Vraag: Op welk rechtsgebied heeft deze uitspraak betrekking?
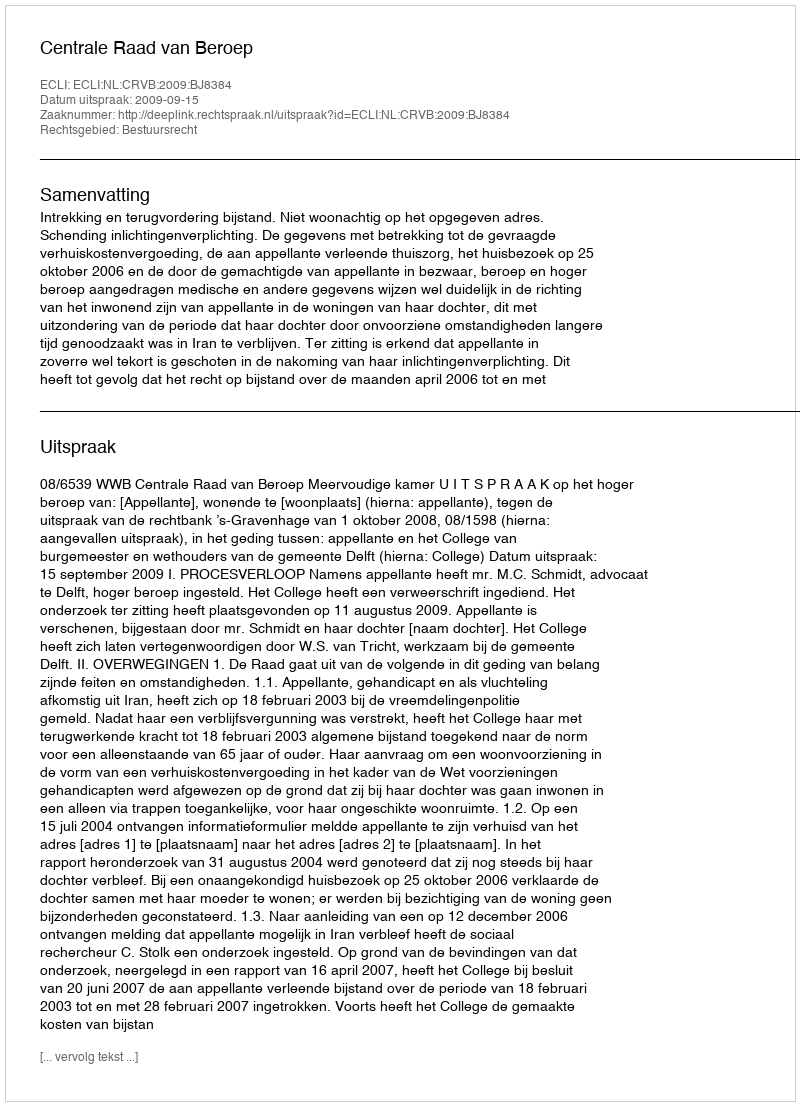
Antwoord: Bestuursrecht